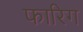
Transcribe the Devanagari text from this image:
फारिग